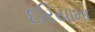
દરિયામા